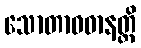
သောတာဝဓာနတ္ထိ